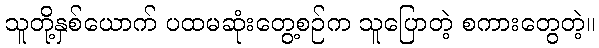
သူတို့နှစ်ယောက် ပထမဆုံးတွေ့စဉ်က သူပြောတဲ့ စကားတွေတဲ့။